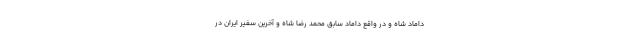
داماد شاه و در واقع داماد سابق محمد رضا شاه و آخرین سفیر ایران در